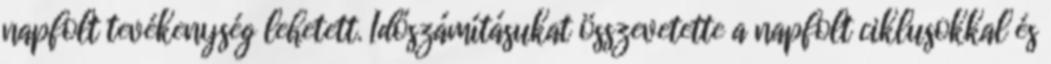
napfolt tevékenység lehetett. Időszámításukat összevetette a napfolt ciklusokkal és